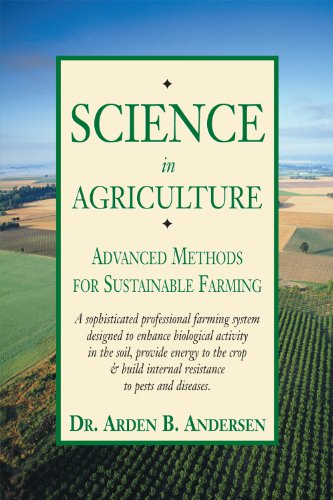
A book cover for Science in Agriculture: Advanced Methods for Sustainable Farming; Arden B. Andersen; Science & Math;